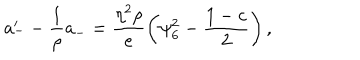
a _ { - } ^ { \prime } - \frac { 1 } { \rho } a _ { - } = \frac { \eta ^ { 2 } \rho } { e } \left( \psi _ { 6 } ^ { 2 } - \frac { 1 - c } { 2 } \right) ,